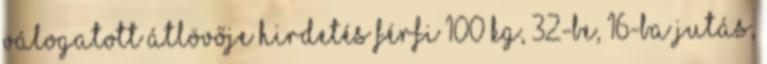
válogatott átlövője HIRDETÉS férfi 100 kg, 32-be, 16-ba jutás,